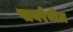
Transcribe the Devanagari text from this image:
पायरेनीज़